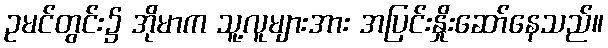
ဥမင်တွင်း၌ အိုမာက သူ့လူများအား အပြင်းနှိုးဆော်နေသည်။